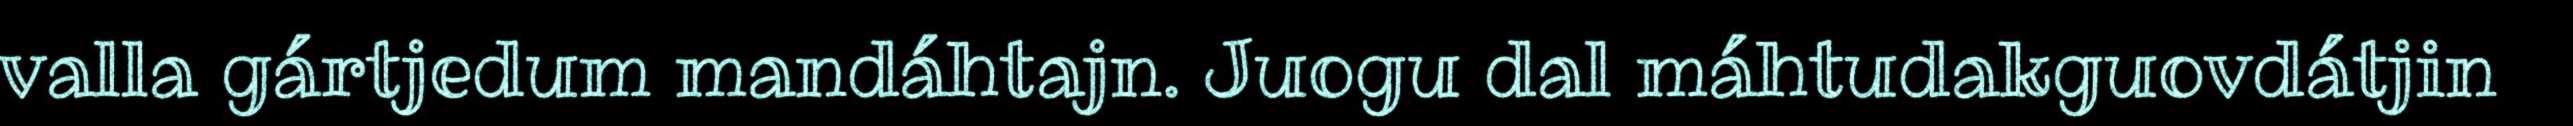
valla gártjedum mandáhtajn. Juogu dal máhtudakguovdátjin